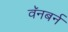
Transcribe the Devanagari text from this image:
वॅनबर्न